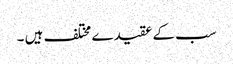
سب کے عقیدے مختلف ہیں ۔